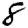
Digit: 8